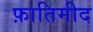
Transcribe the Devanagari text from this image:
फ़ातिमीद